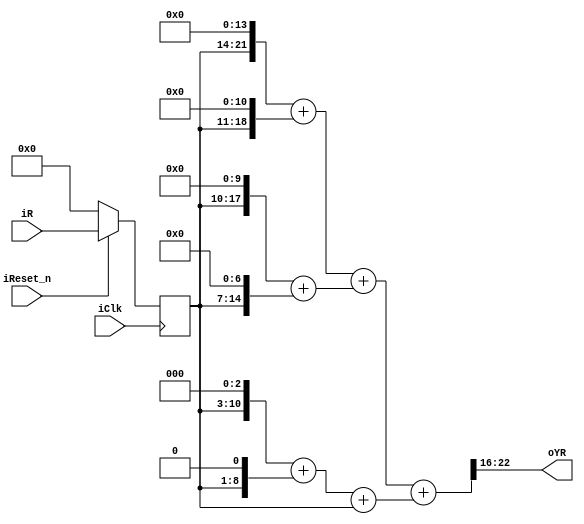
module r2Yr (
				input				iClk,
				input				iReset_n,
				input		[7:0]	iR,
				output		[6:0]	oYR
			);

//====================REGISTERS==================
reg		[7:0]		s1_iR;
//======================WIRES====================
wire	[22:0]		yr;
//===============================================
//	Pre-Calculate
//===============================================
wire	[21:0]		R_shl_14	=	{s1_iR,14'b0};
wire	[18:0]		R_shl_11	=	{s1_iR,11'b0};
wire	[17:0]		R_shl_10	=	{s1_iR,10'b0};
wire	[14:0]		R_shl_7		=	{s1_iR,7'b0};
wire	[10:0]		R_shl_3		=	{s1_iR,3'b0};
wire	[8:0]		R_shl_1		=	{s1_iR,1'b0};
//===============================================
//	COMBINATION
//===============================================
assign	yr  = ((R_shl_14 + R_shl_11) + (R_shl_10 + R_shl_7)) + ((R_shl_3 + R_shl_1) + s1_iR);
assign	oYR = yr[22:16];
//===============================================
//	SEQUENCE
//===============================================
always @ (posedge iClk)
	if (~iReset_n)
		s1_iR <= 8'h0;
	else
		s1_iR <= iR;

endmodule